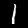
Label: 1